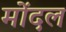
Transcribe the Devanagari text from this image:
मोंदल